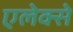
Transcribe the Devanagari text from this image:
एलेक्से